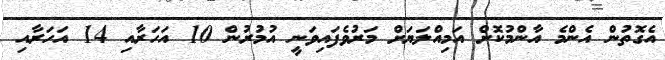
އެގޮތުން އެންމެ އާންމުކޮށް އަމިއްލަޔަށް މަރުވެފައިވަނީ އުމުރުން 10 އަހަރާއި 14 އަހަރާއި